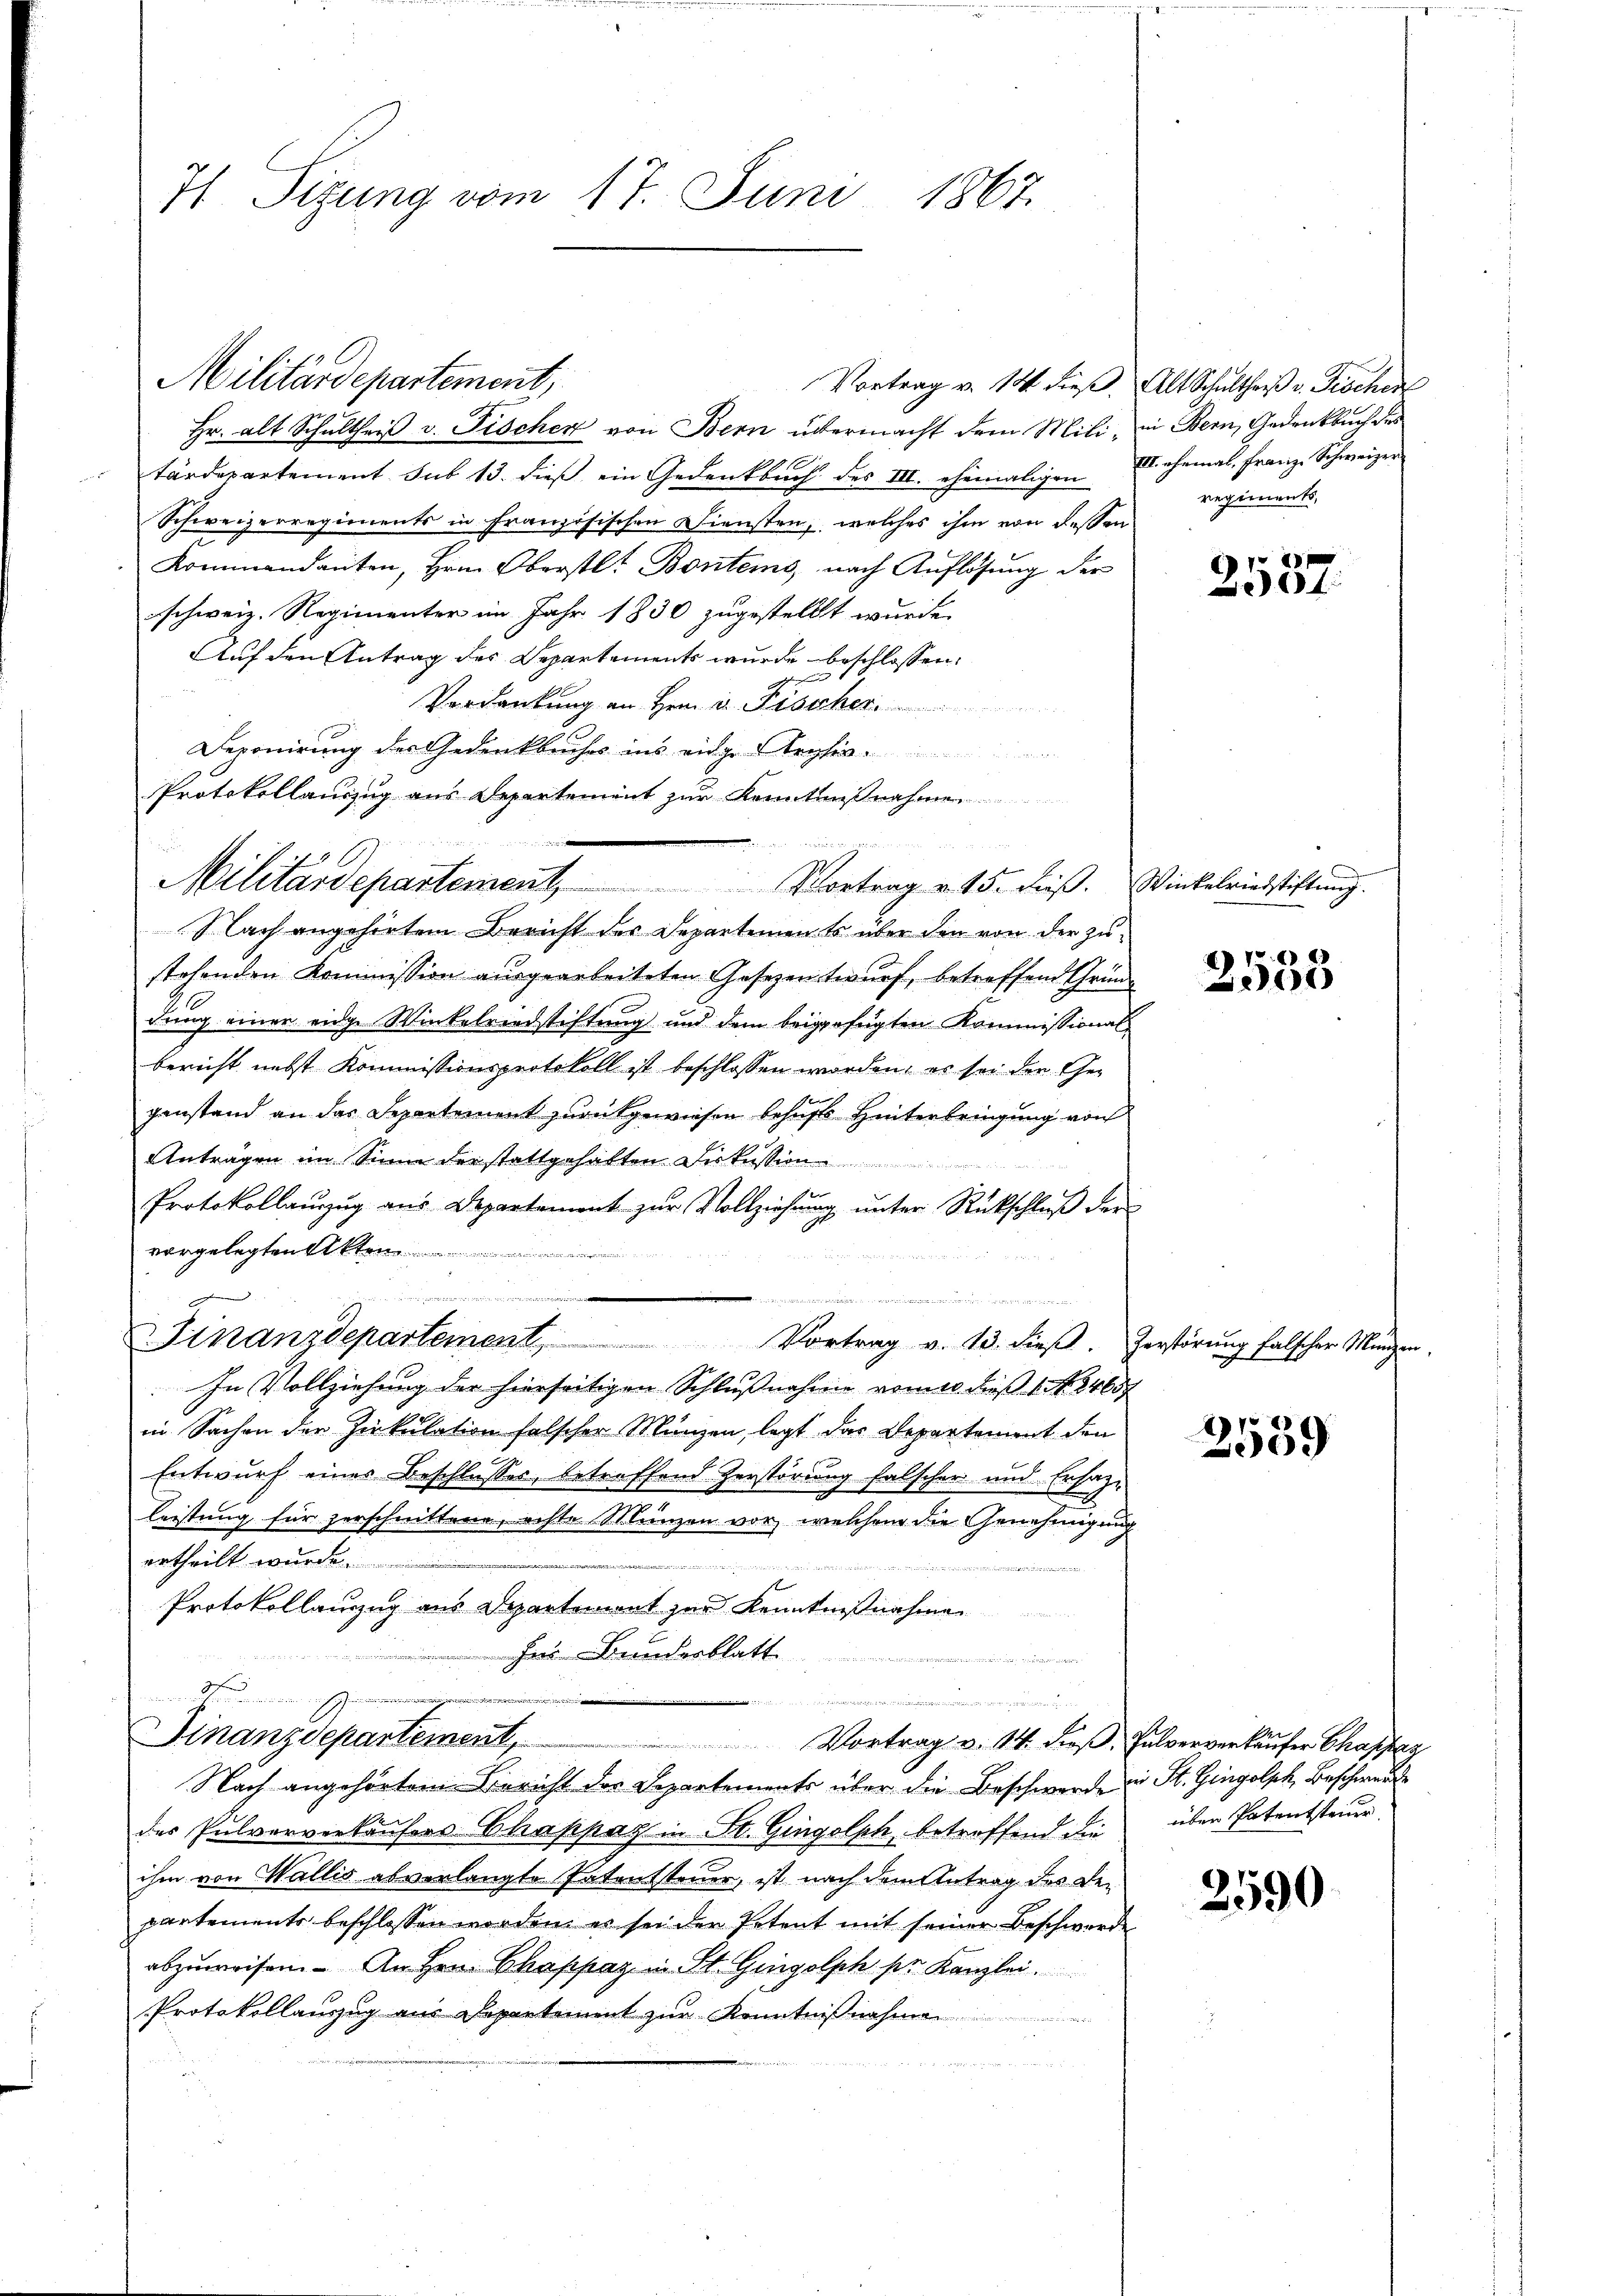
71 Sizung vom 17. Juni 1867.

Militärdepartement,
hr. alt Schultheil v. Fischer von Bern übermacht dem Mili, in Bern, Gedenkbuch des
tärdepartement sub 13. dieβ ein Gedenkbuch des III. ehemaligen II. ehemal. Franz Schweizer
Schweizerregiments in französischen Diensten, welches ihm von dessen
Kommandanten, Hrn. Oberstl. Bontems, nach Auflösung der
schweiz. Regimenter im Jahr 1830 zugestellt wurde.
Auf den Antrag des Departements wurde beschlossen:
Verdankung an Hern u. Fischer
Deponirung des Gedenkbuches ins eidge Archia
Protokollauszug aus Departement zŭr Kenntnißnahme
Nach angehörtem Bericht des Departements über den von der zustehenden Kommission ausgearbeiteten Gesezentwurf, betreffend Gründung einer eidg. Winkelrindstiftung und dem beigefügten Kommissional
bericht nebst Kommissionsprotokoll ist beschlossen worden, es sei den Gegenstand an das Departement zurückgewiesen behufs Hinterbringung von
Antragen im Sinn der stattgehalten Diskussion
Protokollauszug aus Departement zŭr Vollziehung unter Rückschluß der
vorgelegten Akten

g
.
Finanzdepartement, Vortrag v. 13. dieβ. Zerstörŭng falscher Münzen.
In Vollziehung der hierseitigen Schlußnahme vom so dieß 1. No. 3465
in Sachen der Zirkulation falscher Münzen, legt das Departement den
Entwurf einer Beschlusses, betreffend Zerstörung falscher und Ersazleistung für zerschnittene, echte Münzen vor, welchem die Genehmigung
ertheilt wurde.
ineinen ist in den und
Protokollanzug aus Schartemont zur Kenntnißnahmen
Herr Bundesblatt
¬

Finanzdepartement,
Vortrag v. 14. Daß, Pulververkäufer Chara
Nach angehörtem Bericht der Departements über die Beschwerde die St. Gingolph, Beschwerde
des Pulververkaufers Chappaz in St. Gingolph, betreffend die
ihm von Wallis abverlangte Patentsteuer, ist nach dem Antrag des Bepartements beschlossen worden, es sei der Petent mit seiner Beschwerde
abzuweisen. An Hrn. Chappaz in St. Gingolph pr. Kanzlei.
Protokollanzug aus Departement zur Kenntnißnahme

Militärdepartement, Vortrag v. 15. dβ. Winkelriedstiftŭng.

un

Vortrag v. 14 dieβ. Alt Schulther v. Fischen
regiments,

2557.

76)
1)

2559

über Patentsteiur

2590